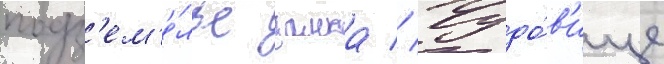
подз'ем'е́лье замка // Чудо́в'ище